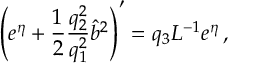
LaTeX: \left( e ^ { \eta } + \frac { 1 } { 2 } \frac { q _ { 2 } ^ { 2 } } { q _ { 1 } ^ { 2 } } \hat { b } ^ { 2 } \right) ^ { \prime } = q _ { 3 } L ^ { - 1 } e ^ { \eta } \, ,